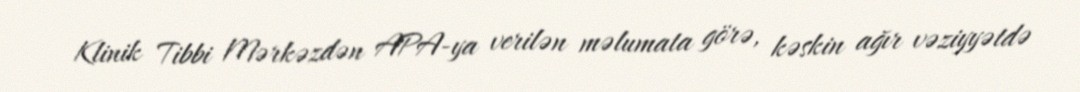
Klinik Tibbi Mərkəzdən APA-ya verilən məlumata görə, kəskin ağır vəziyyətdə